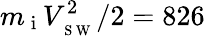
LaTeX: m_{\mathrm{~i~}}V_{_{\mathrm{~S~W~}}}^{2}/2=826